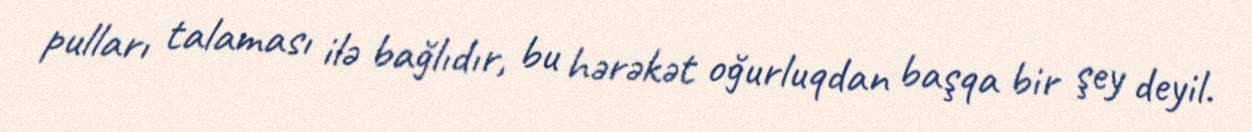
pulları talaması ilə bağlıdır, bu hərəkət oğurluqdan başqa bir şey deyil.